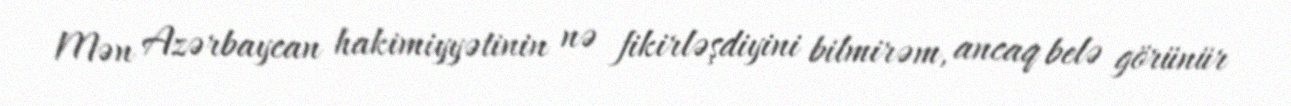
Mən Azərbaycan hakimiyyətinin nə fikirləşdiyini bilmirəm, ancaq belə görünür